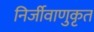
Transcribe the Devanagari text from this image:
निर्जीवाणुकृत